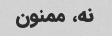
نه، ممنون